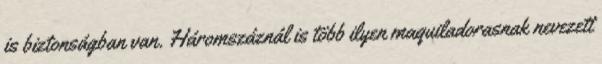
is biztonságban van. Háromszáznál is több ilyen maquiladorasnak nevezett